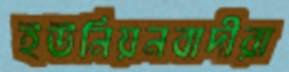
ইউনিয়নবাদীরা